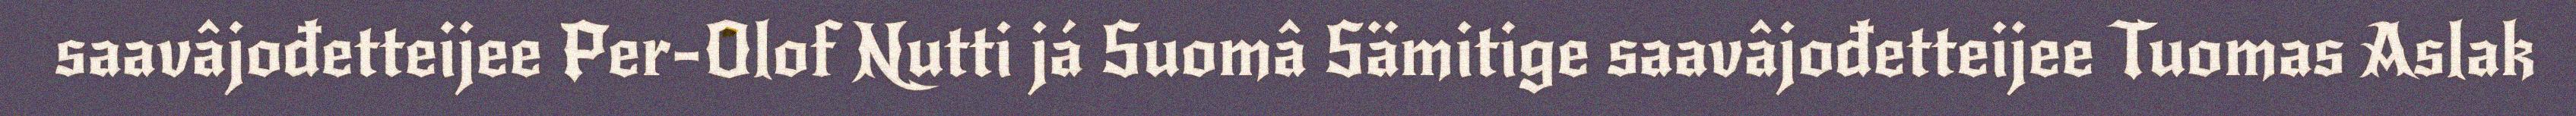
saavâjođetteijee Per-Olof Nutti já Suomâ Sämitige saavâjođetteijee Tuomas Aslak